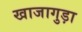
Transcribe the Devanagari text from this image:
खाजागुड़ा